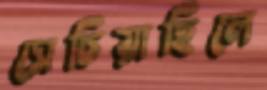
সেচিয়াছিলে